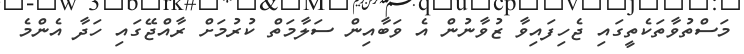
މަސްތުވާތަކެތީގަައި ޖެހިފައިވާ ޒުވާނުން އެ ވަބާއިން ސަލާމަތް ކުރުމަށް ރާއްޖޭގައި ހަދާ އެންމެ